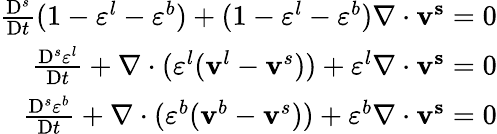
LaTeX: \begin{array}{r}{\frac{\mathrm{D}^{s}}{\mathrm{D}t}(1-\varepsilon^{l}-\varepsilon^{b})+(1-\varepsilon^{l}-\varepsilon^{b})\nabla\cdot\mathbf{v^{s}}=0}\\ {\frac{\mathrm{D}^{s}\varepsilon^{l}}{\mathrm{D}t}+\nabla\cdot(\varepsilon^{l}(\mathbf{v}^{l}-\mathbf{v}^{s}))+\varepsilon^{l}\nabla\cdot\mathbf{v^{s}}=0}\\ {\frac{\mathrm{D}^{s}\varepsilon^{b}}{\mathrm{D}t}+\nabla\cdot(\varepsilon^{b}(\mathbf{v}^{b}-\mathbf{v}^{s}))+\varepsilon^{b}\nabla\cdot\mathbf{v^{s}}=0}\end{array}